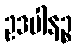
ဥဒပါနဉ္စ